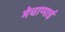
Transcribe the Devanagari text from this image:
मेचाप्पाई